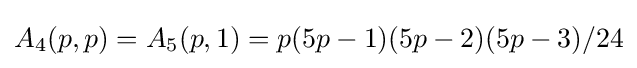
A_{4}(p,p)=A_{5}(p,1)=p(5p-1)(5p-2)(5p-3)/24